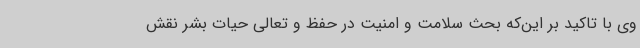
وی با تاکید بر این‌که بحث سلامت و امنیت در حفظ و تعالی حیات بشر نقش